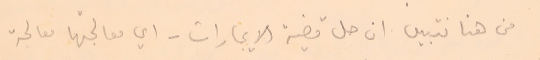
من هنا نتبين ان حل قضة الايجارات – اي معالجهتا معالجة